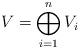
LaTeX: \begin{align*} V=\bigoplus_{i=1}^n V_i\end{align*}